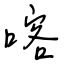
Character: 喀